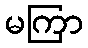
မကြာ